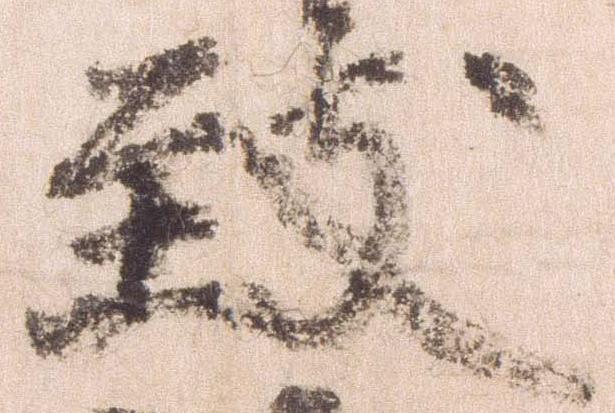
致